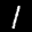
Label: 1